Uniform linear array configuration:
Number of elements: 48
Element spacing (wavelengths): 0.75
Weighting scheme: hann
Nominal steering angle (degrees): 45
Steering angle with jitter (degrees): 43.644
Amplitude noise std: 0.05
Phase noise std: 0.05

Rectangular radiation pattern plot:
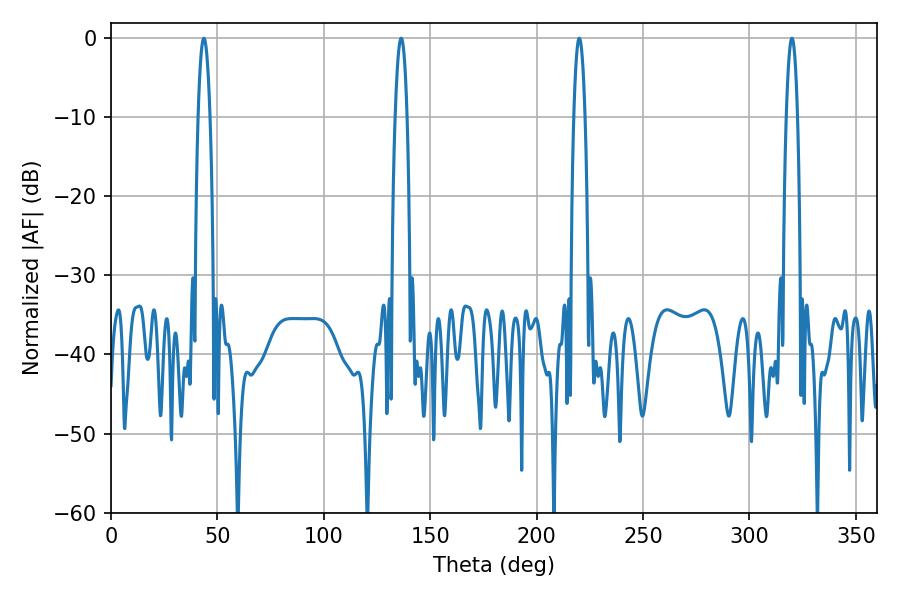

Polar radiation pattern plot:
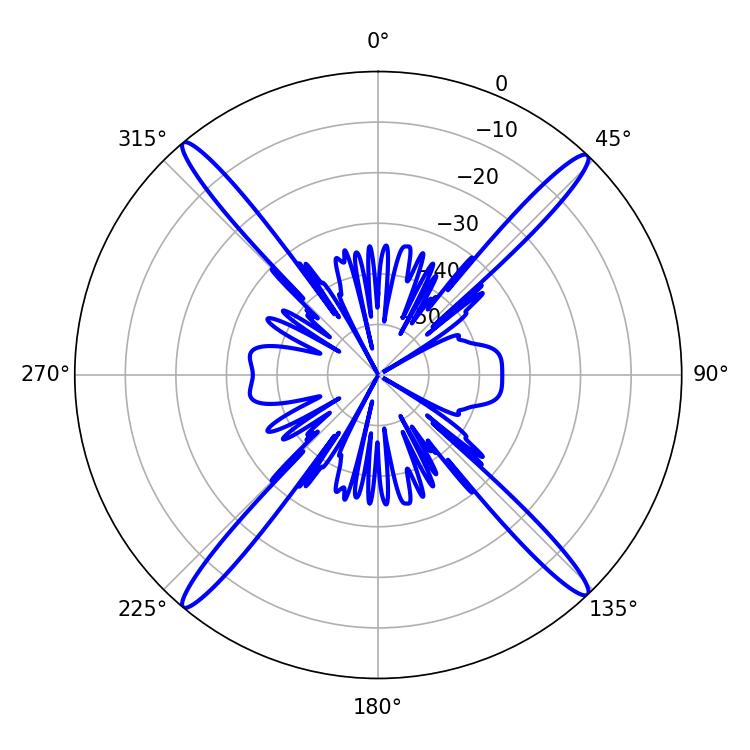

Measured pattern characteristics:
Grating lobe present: TRUE
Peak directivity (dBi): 23.17
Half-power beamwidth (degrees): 2.7
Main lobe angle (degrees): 219.96